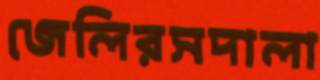
জেলিরসদালা